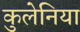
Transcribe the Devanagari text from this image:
कुलेनिया